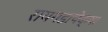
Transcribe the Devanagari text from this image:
रायगडापेक्षा